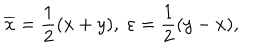
\overline { { { x } } } = \frac 1 2 ( x + y ) , \; \varepsilon = \frac 1 2 ( y - x ) ,